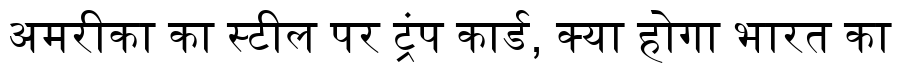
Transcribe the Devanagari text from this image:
अमरीका का स्टील पर ट्रंप कार्ड, क्या होगा भारत का